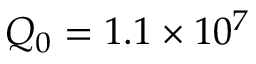
Q _ { 0 } = 1 . 1 \times 1 0 ^ { 7 }